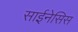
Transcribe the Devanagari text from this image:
साईनेसिस